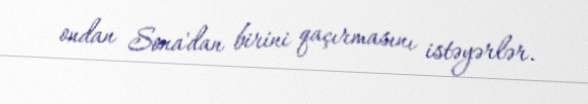
ondan Sona'dan birini qaçırmasını istəyərlər.